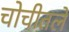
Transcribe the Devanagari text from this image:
चोचीतले